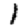
Digit: 1